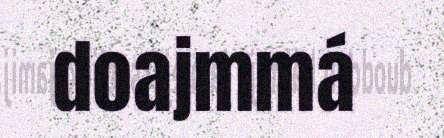
doajmmá